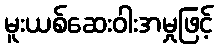
မူးယစ်ဆေးဝါးအမှုဖြင့်